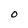
Character: O